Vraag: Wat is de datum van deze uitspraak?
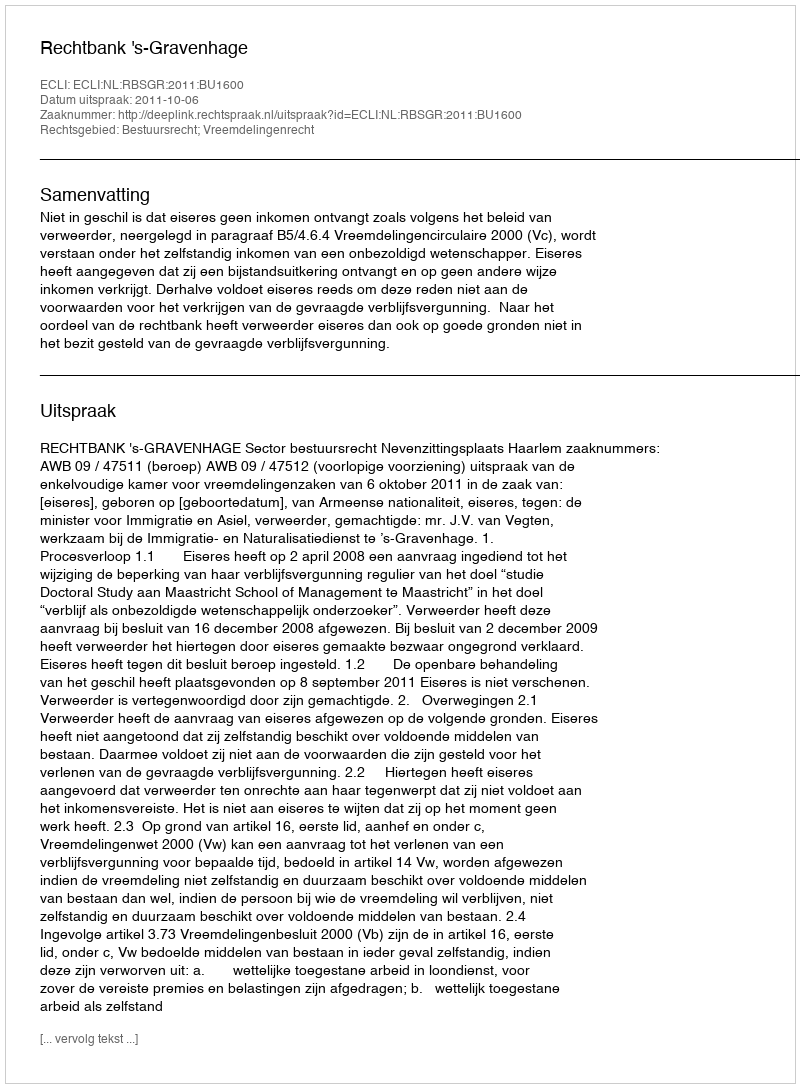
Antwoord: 2011-10-06